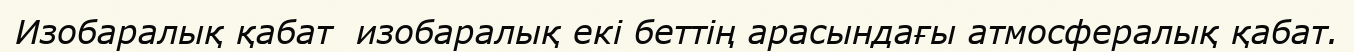
Изобаралық қабат  изобаралық екі беттің арасындағы атмосфералық қабат.